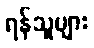
ရန်သူများ